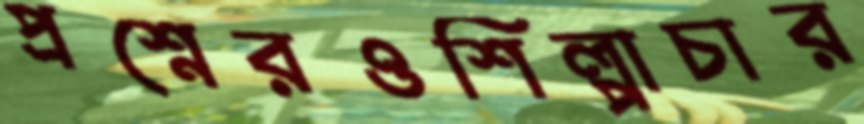
প্রশ্নেরওশিল্পাচার